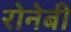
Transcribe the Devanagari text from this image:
रोनेबी